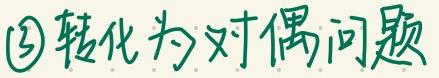
$\textcircled{3}$转化为对偶问题